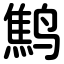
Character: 鹪